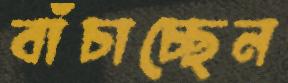
বাঁচাচ্ছেন